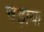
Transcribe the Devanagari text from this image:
चड़ाया